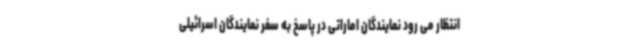
انتظار می رود نمایندگان اماراتی در پاسخ به سفر نمایندگان اسرائیلی